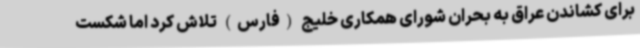
برای کشاندن عراق به بحران شورای همکاری خلیج (فارس) تلاش کرد اما شکست